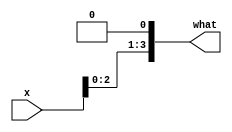
`timescale 1ns / 1ps
//////////////////////////////////////////////////////////////////////////////////
// Company: 
// Engineer: 
// 
// Design Name: 
// Module Name: DC2
// Project Name: 
// Target Devices: 
// Tool Versions: 
// Description: 
// 
// Dependencies: 
// 
// Revision:
// Revision 0.01 - File Created
// Additional Comments:
// 
//////////////////////////////////////////////////////////////////////////////////


module DC2(
    input [3:0] x,
    output [3:0]what
    );
     
    assign what = x << 1;
//    assign what = 4'd2 * (x[0] + 4'd2 * x[1] + 4'd4 * x[2] + 4'd8 * x[3]);
    
endmodule